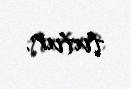
tutur.